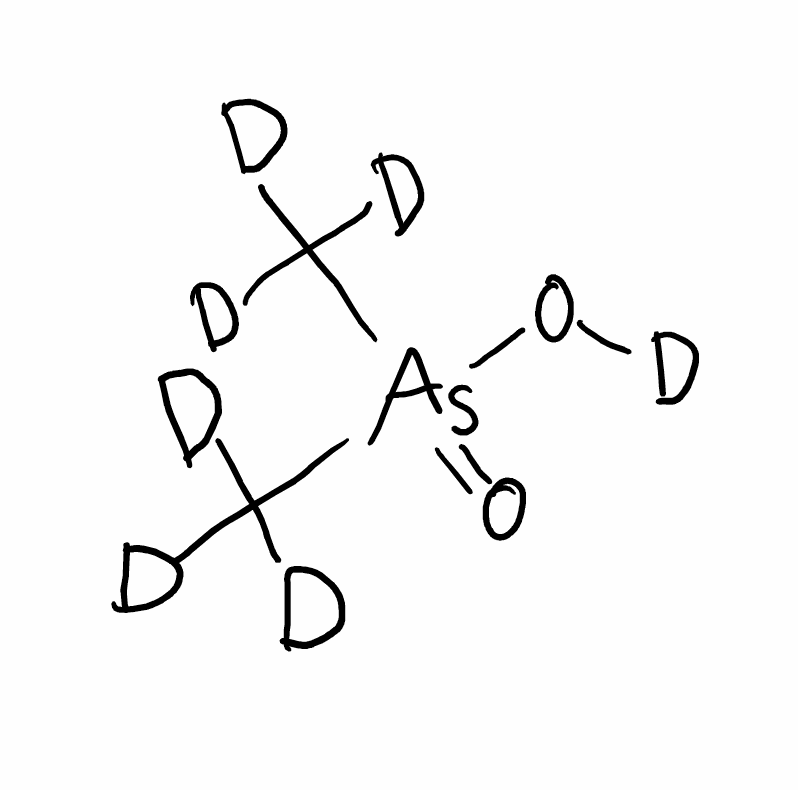
Simplified molecular-input line-entry system (SMILES) notation of the given molecule:
[2H]C([2H])([2H])[As](=O)(C([2H])([2H])[2H])O[2H]